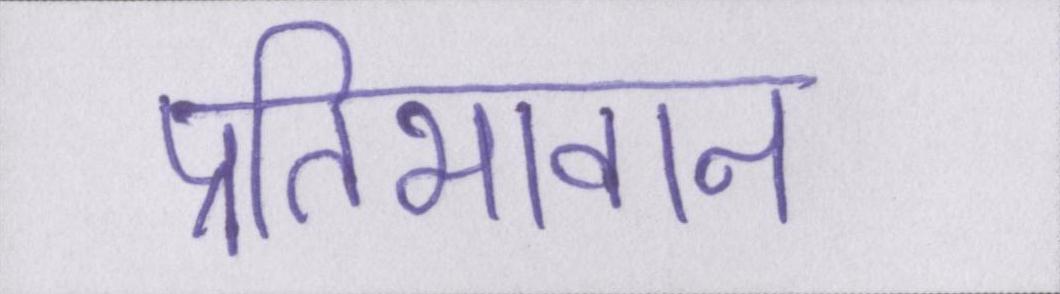
प्रतिभावान